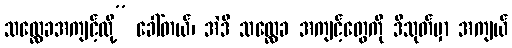
သလ္လေခအကျင့်လို့” ခေါ်တယ်၊ အဲဒီ သလ္လေခ အကျင့်တွေကို ဒီသုတ်မှာ အကျယ်